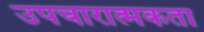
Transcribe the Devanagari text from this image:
उपचारात्मकता